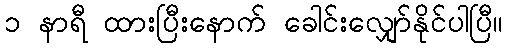
၁ နာရီ ထားပြီးနောက် ခေါင်းလျှော်နိုင်ပါပြီ။